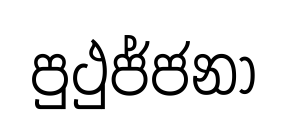
පුථුජ්ජනා